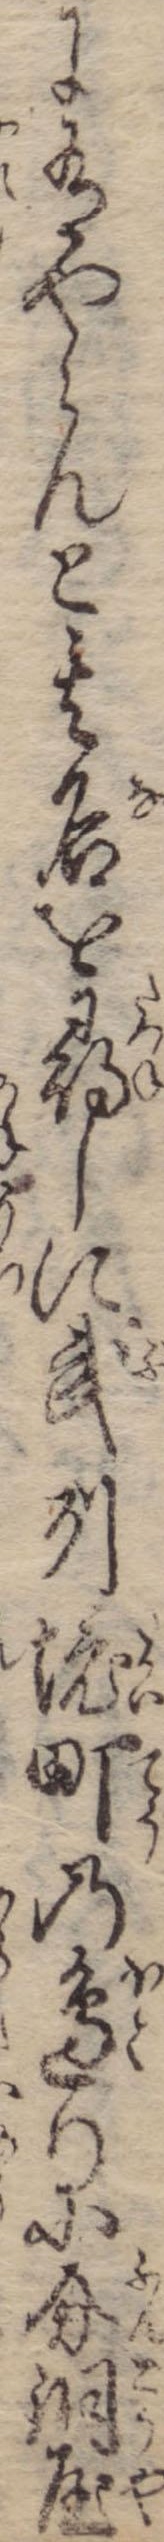
に有やらんと其名を尋しに武州堺町の辺りに分銅屋